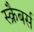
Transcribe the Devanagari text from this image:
स्क्रैबर्स